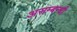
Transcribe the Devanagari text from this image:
असम्बन्धी